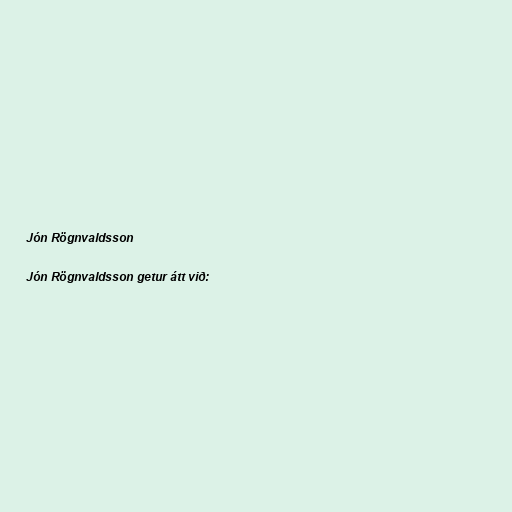
Jón Rögnvaldsson

Jón Rögnvaldsson getur átt við: